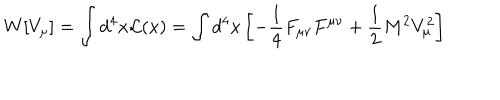
LaTeX: W [ V _ { \mu } ] = \int d ^ { 4 } x { \cal L } ( x ) = \int d ^ { 4 } x \left[ - { \frac { 1 } { 4 } } F _ { \mu \nu } F ^ { \mu \nu } + { \frac { 1 } { 2 } } M ^ { 2 } V _ { \mu } ^ { 2 } \right]